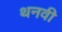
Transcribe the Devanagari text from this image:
थनवी